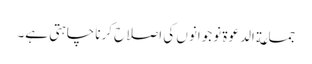
جماعة الدعوة نوجوانوں کی اصلاح کرنا چاہتی ہے۔